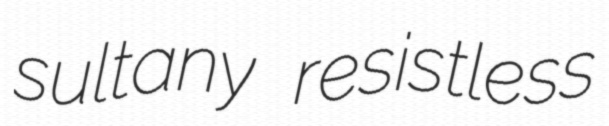
sultany resistless